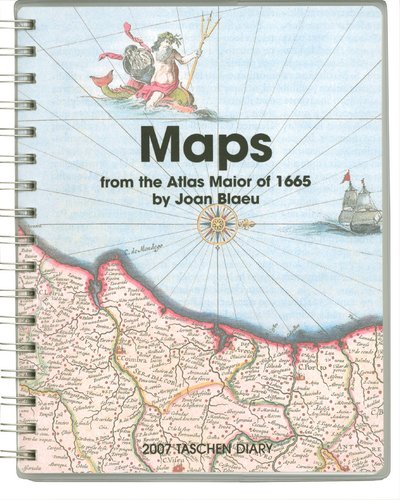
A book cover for Maps from the Atlas Maior of 1665; Calendars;